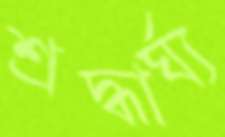
শ্রদ্ধার্ঘ্য